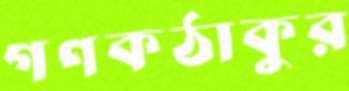
গণকঠাকুর